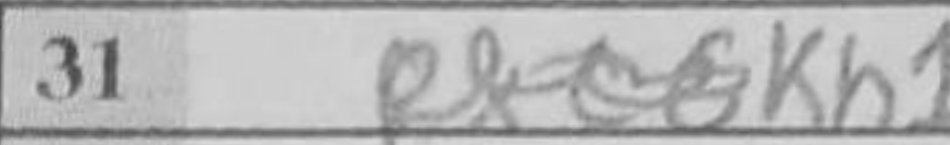
Transcription: Kh1